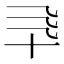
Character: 𰅯